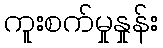
ကူးစက်မှုနှုန်း